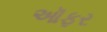
ઑફર